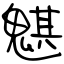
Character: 魌